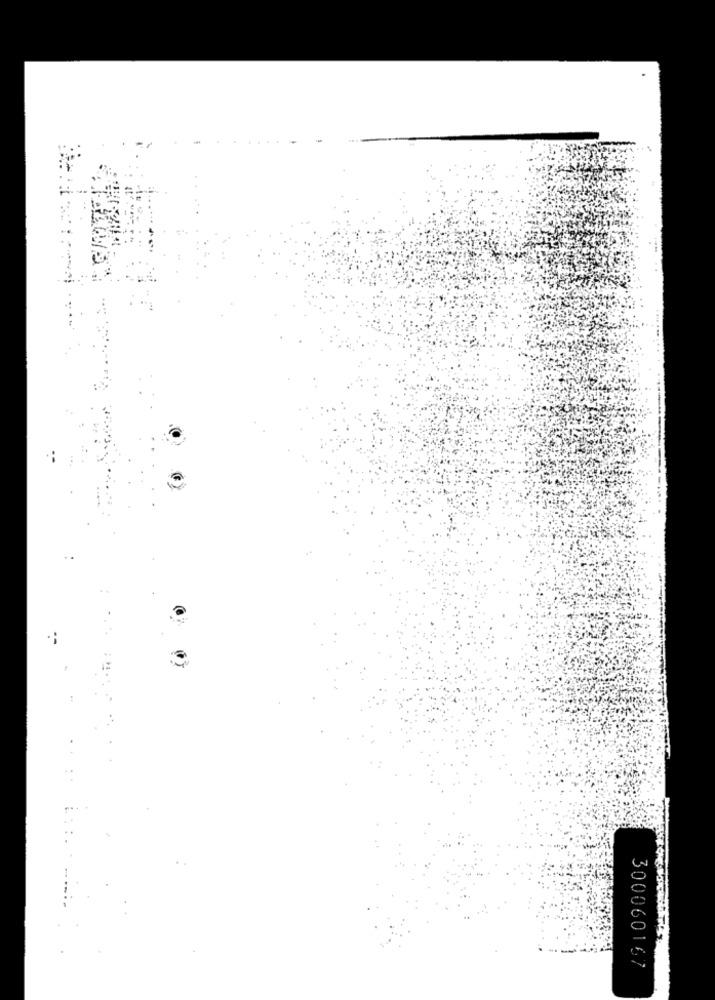
300060167